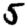
Digit: 5